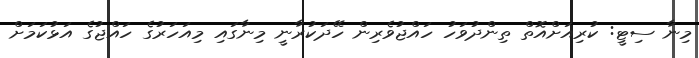
މިނާ ސިޓީ: ކުރިއަށްއޮތް ތިންދުވަހު ހައްޖުވެރިން ހޭދަކުރާނީ މިނާގައި މިއަހަރުގެ ހައްޖުގެ އަޅުކަމަށް